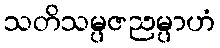
သတိသမ္ပဇညမ္ပာဟံ